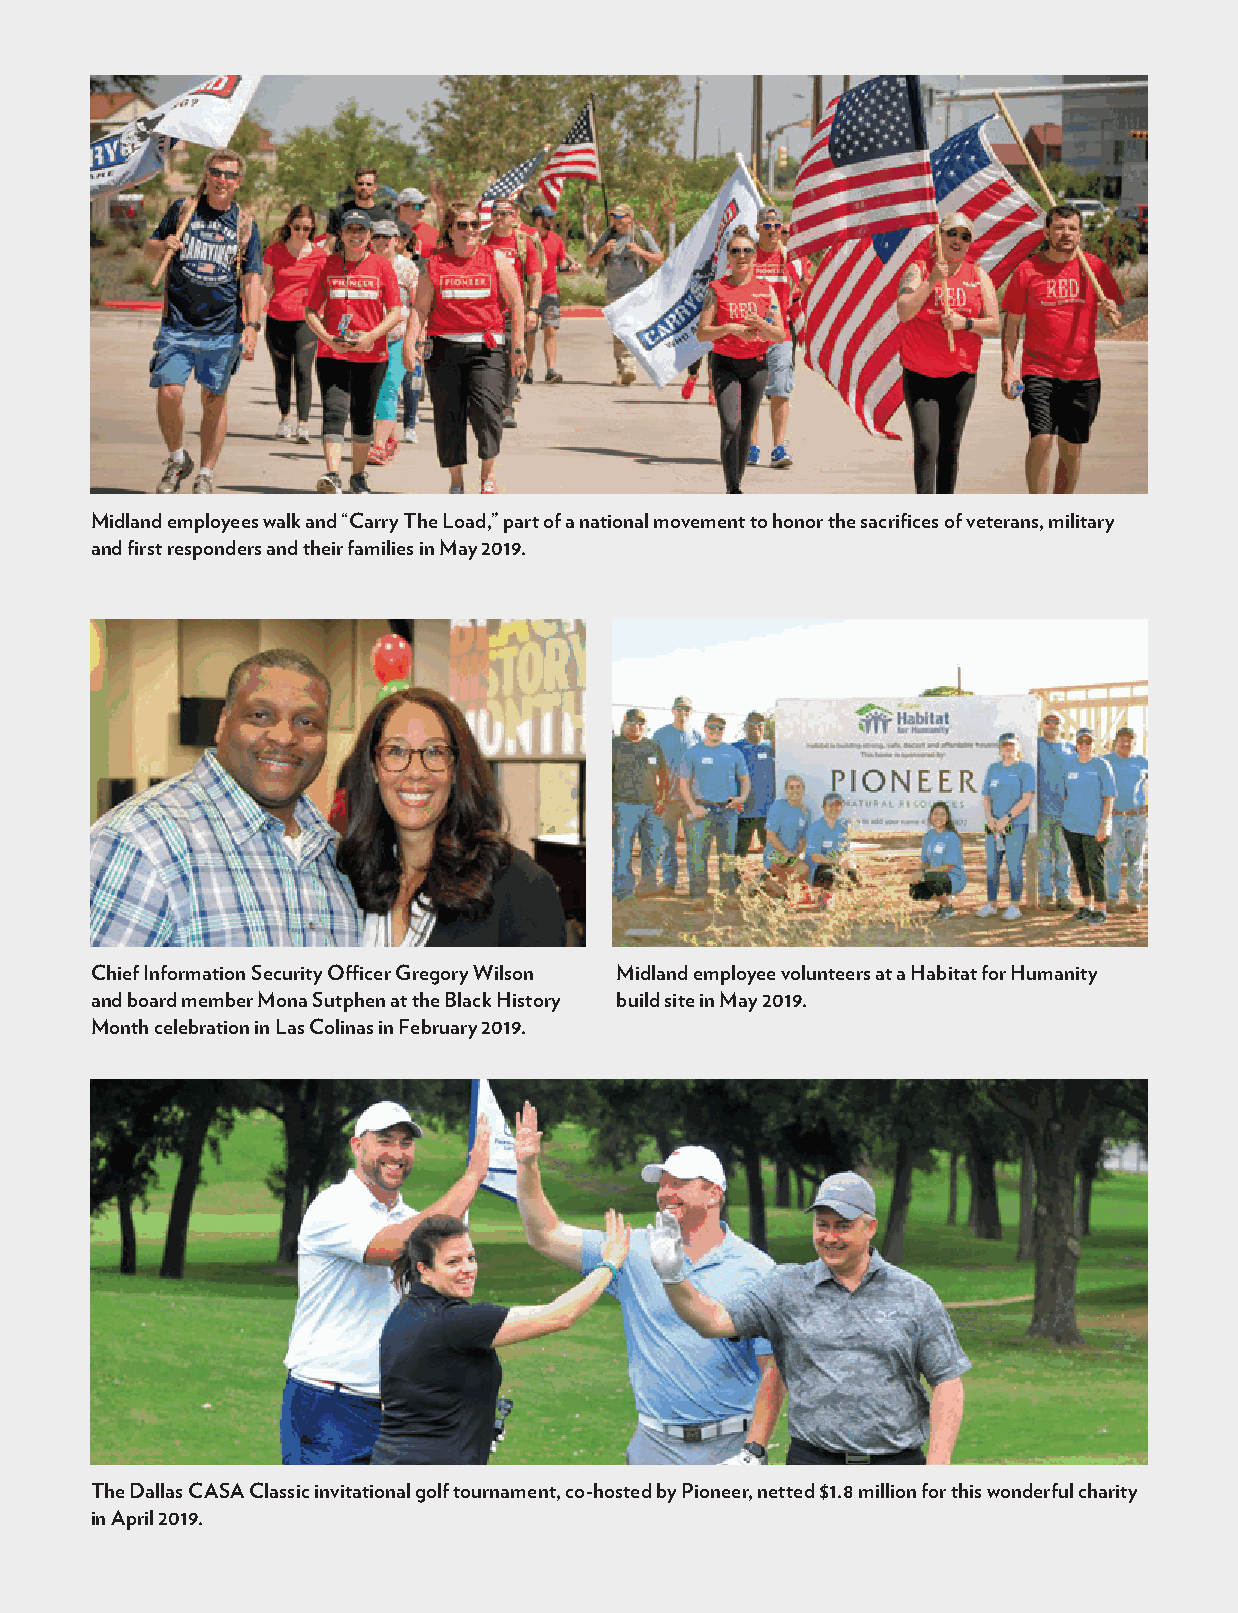
Midland employees walk and “Carry The Load,” part of a national movement to honor the sacrifices of veterans, military
 and first responders and their families in May 2019.
 Chief Information Security Officer Gregory Wilson Midland employee volunteers at a Habitat for Humanity
 and board member Mona Sutphen at the Black History build site in May 2019.
 Month celebration in Las Colinas in February 2019.
 The Dallas CASA Classic invitational golf tournament, co-hosted by Pioneer, netted $1.8 million for this wonderful charity
 in April 2019.